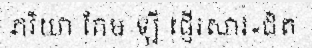
ភរិយា កែម ឡី ផ្ញើរសារ«ជិត